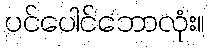
ပင်ပေါင်ဘောလုံး။